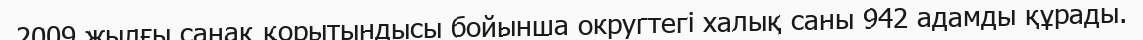
2009 жылғы санақ қорытындысы бойынша округтегі халық саны 942 адамды құрады.